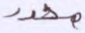
محدد